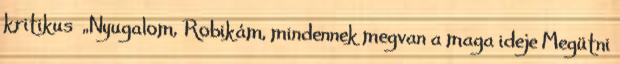
kritikus „Nyugalom, Robikám, mindennek megvan a maga ideje Megütni